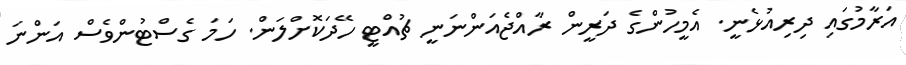
އަރާމުގައި ދިރިއުޅެނީ. އެމީހުންގެ ދަރީން ރާއްޖެއަންނަނީ ޗުއްޓީ ހޭދަކޮށްލަން. ހަމަ ގެސްޓުންވެސް އަންނަ